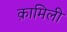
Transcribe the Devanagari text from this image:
क़ामिली